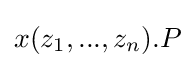
x(z_{1},...,z_{n}).P